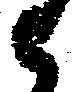
被